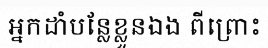
អ្នកដាំបន្លែខ្លួនឯង ពីព្រោះ